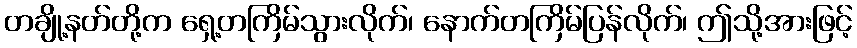
တချို့နတ်တို့က ရှေ့တကြိမ်သွားလိုက်၊ နောက်တကြိမ်ပြန်လိုက်၊ ဤသို့အားဖြင့်